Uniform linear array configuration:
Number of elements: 48
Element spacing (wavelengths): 0.25
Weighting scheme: hann
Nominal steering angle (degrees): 0
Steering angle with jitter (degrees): -0.6875
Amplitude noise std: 0.05
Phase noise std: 0.05

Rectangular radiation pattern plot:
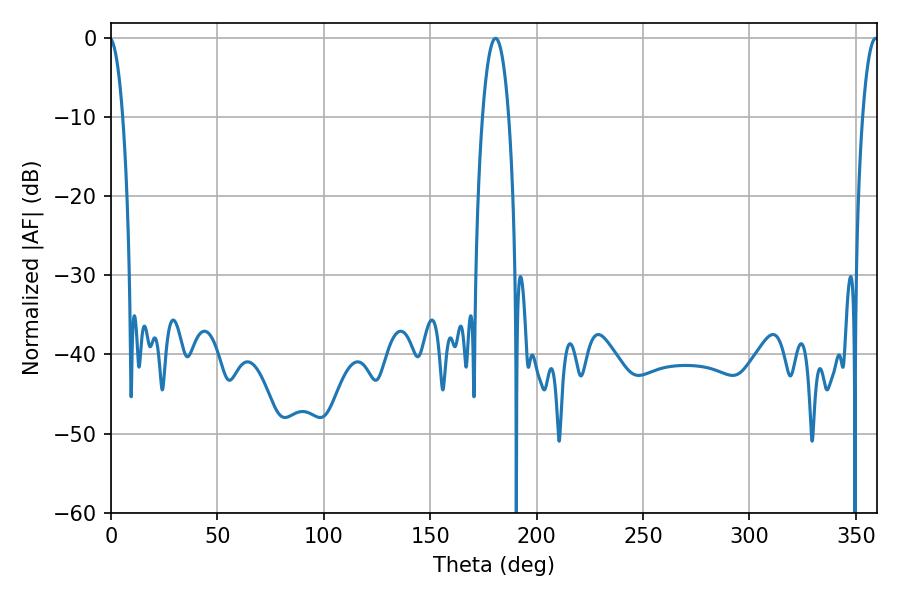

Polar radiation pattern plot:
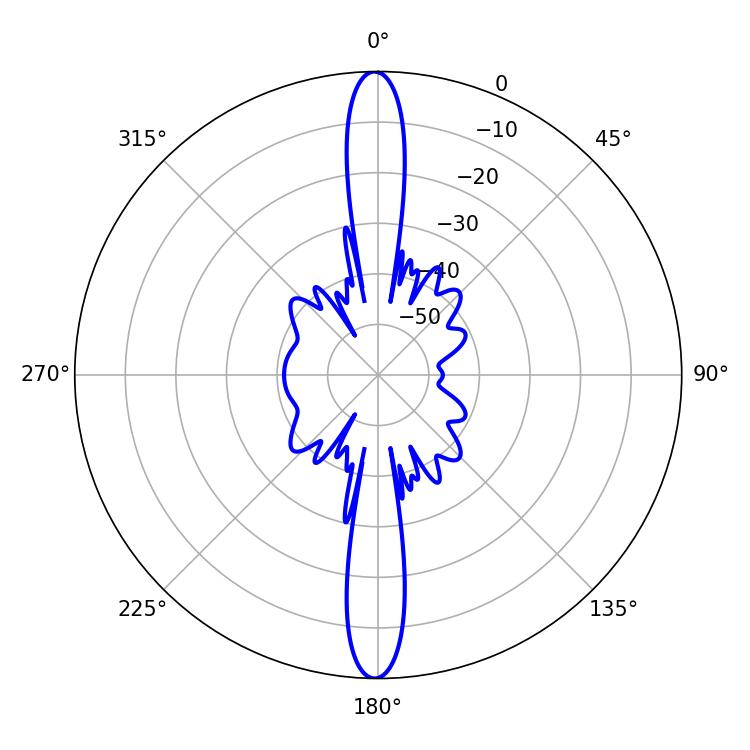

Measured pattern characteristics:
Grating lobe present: FALSE
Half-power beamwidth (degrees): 6.84
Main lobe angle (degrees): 180.72